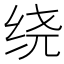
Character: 绕